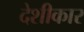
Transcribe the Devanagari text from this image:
देशीकार